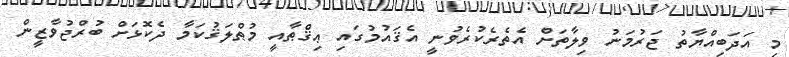
މި އަދަބިއްޔާތު ޖަރުމަނު ވިލާތަށް އެތެރެކުރެވުނީ އެޤައުމުގައި ޢިޤްޠާއީ މުޠްލަޤުކަމާ ދެކޮޅަށް ބުރްޖުވާޒީން